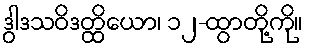
ဒွါဒသဝိဒတ္ထိယော၊ ၁၂-ထွာတို့ကို။